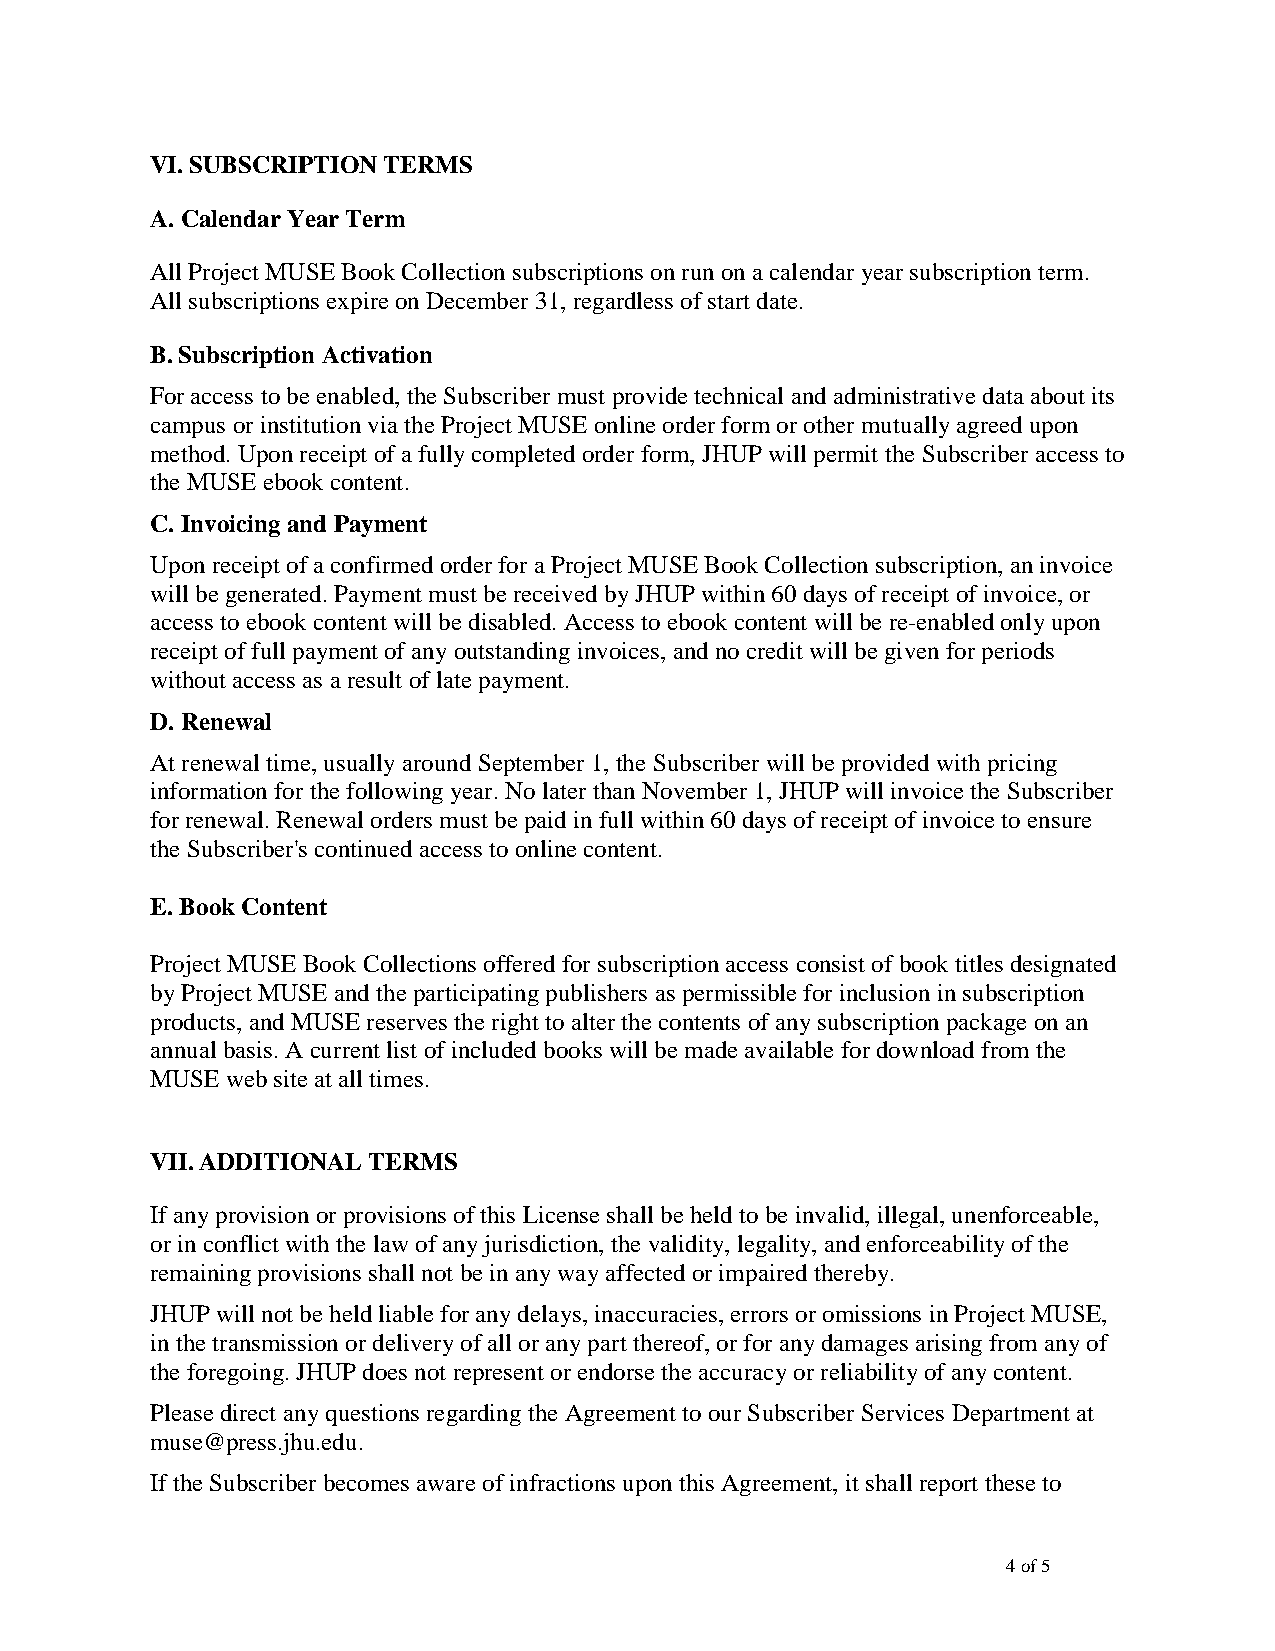
VI. SUBSCRIPTION TERMS
 A. Calendar Year Term
 All Project MUSE Book Collection subscriptions on run on a calendar year subscription term.
 All subscriptions expire on December 31, regardless of start date.
 B. Subscription Activation
 For access to be enabled, the Subscriber must provide technical and administrative data about its
 campus or institution via the Project MUSE online order form or other mutually agreed upon
 method. Upon receipt of a fully completed order form, JHUP will permit the Subscriber access to
 the MUSE ebook content.
 C. Invoicing and Payment
 Upon receipt of a confirmed order for a Project MUSE Book Collection subscription, an invoice
 will be generated. Payment must be received by JHUP within 60 days of receipt of invoice, or
 access to ebook content will be disabled. Access to ebook content will be re-enabled only upon
 receipt of full payment of any outstanding invoices, and no credit will be given for periods
 without access as a result of late payment.
 D. Renewal
 At renewal time, usually around September 1, the Subscriber will be provided with pricing
 information for the following year. No later than November 1, JHUP will invoice the Subscriber
 for renewal. Renewal orders must be paid in full within 60 days of receipt of invoice to ensure
 the Subscriber's continued access to online content.
 E. Book Content
 Project MUSE Book Collections offered for subscription access consist of book titles designated
 by Project MUSE and the participating publishers as permissible for inclusion in subscription
 products, and MUSE reserves the right to alter the contents of any subscription package on an
 annual basis. A current list of included books will be made available for download from the
 MUSE web site at all times.
 VII. ADDITIONAL TERMS
 If any provision or provisions of this License shall be held to be invalid, illegal, unenforceable,
 or in conflict with the law of any jurisdiction, the validity, legality, and enforceability of the
 remaining provisions shall not be in any way affected or impaired thereby.
 JHUP will not be held liable for any delays, inaccuracies, errors or omissions in Project MUSE,
 in the transmission or delivery of all or any part thereof, or for any damages arising from any of
 the foregoing. JHUP does not represent or endorse the accuracy or reliability of any content.
 Please direct any questions regarding the Agreement to our Subscriber Services Department at
 muse@press.jhu.edu.
 If the Subscriber becomes aware of infractions upon this Agreement, it shall report these to
 4 of 5